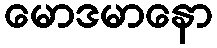
မောဒမာနော